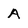
Character: A